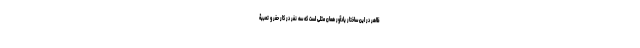
ظاهر در این ساختار یادآور همان مَثَلی است که سه نفر در کار حفر و تعبیۀ